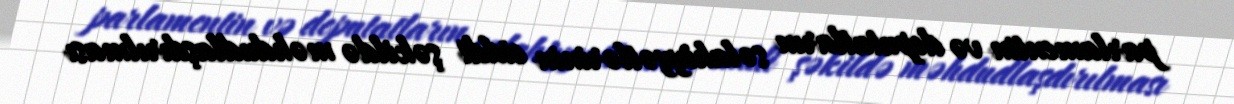
parlamentin və deputatların səlahiyyətlərinin ciddi şəkildə məhdudlaşdırılması